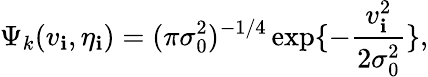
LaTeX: \Psi_{k}(v_{\mathbf{i}},\eta_{\mathbf{i}})=(\pi\sigma_{0}^{2})^{-1/4}\exp\{ -{\frac{{v_{\mathbf{i}}^{2}}}{{2\sigma_{0}^{2}}}}\} ,